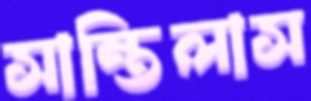
সান্তিলাস